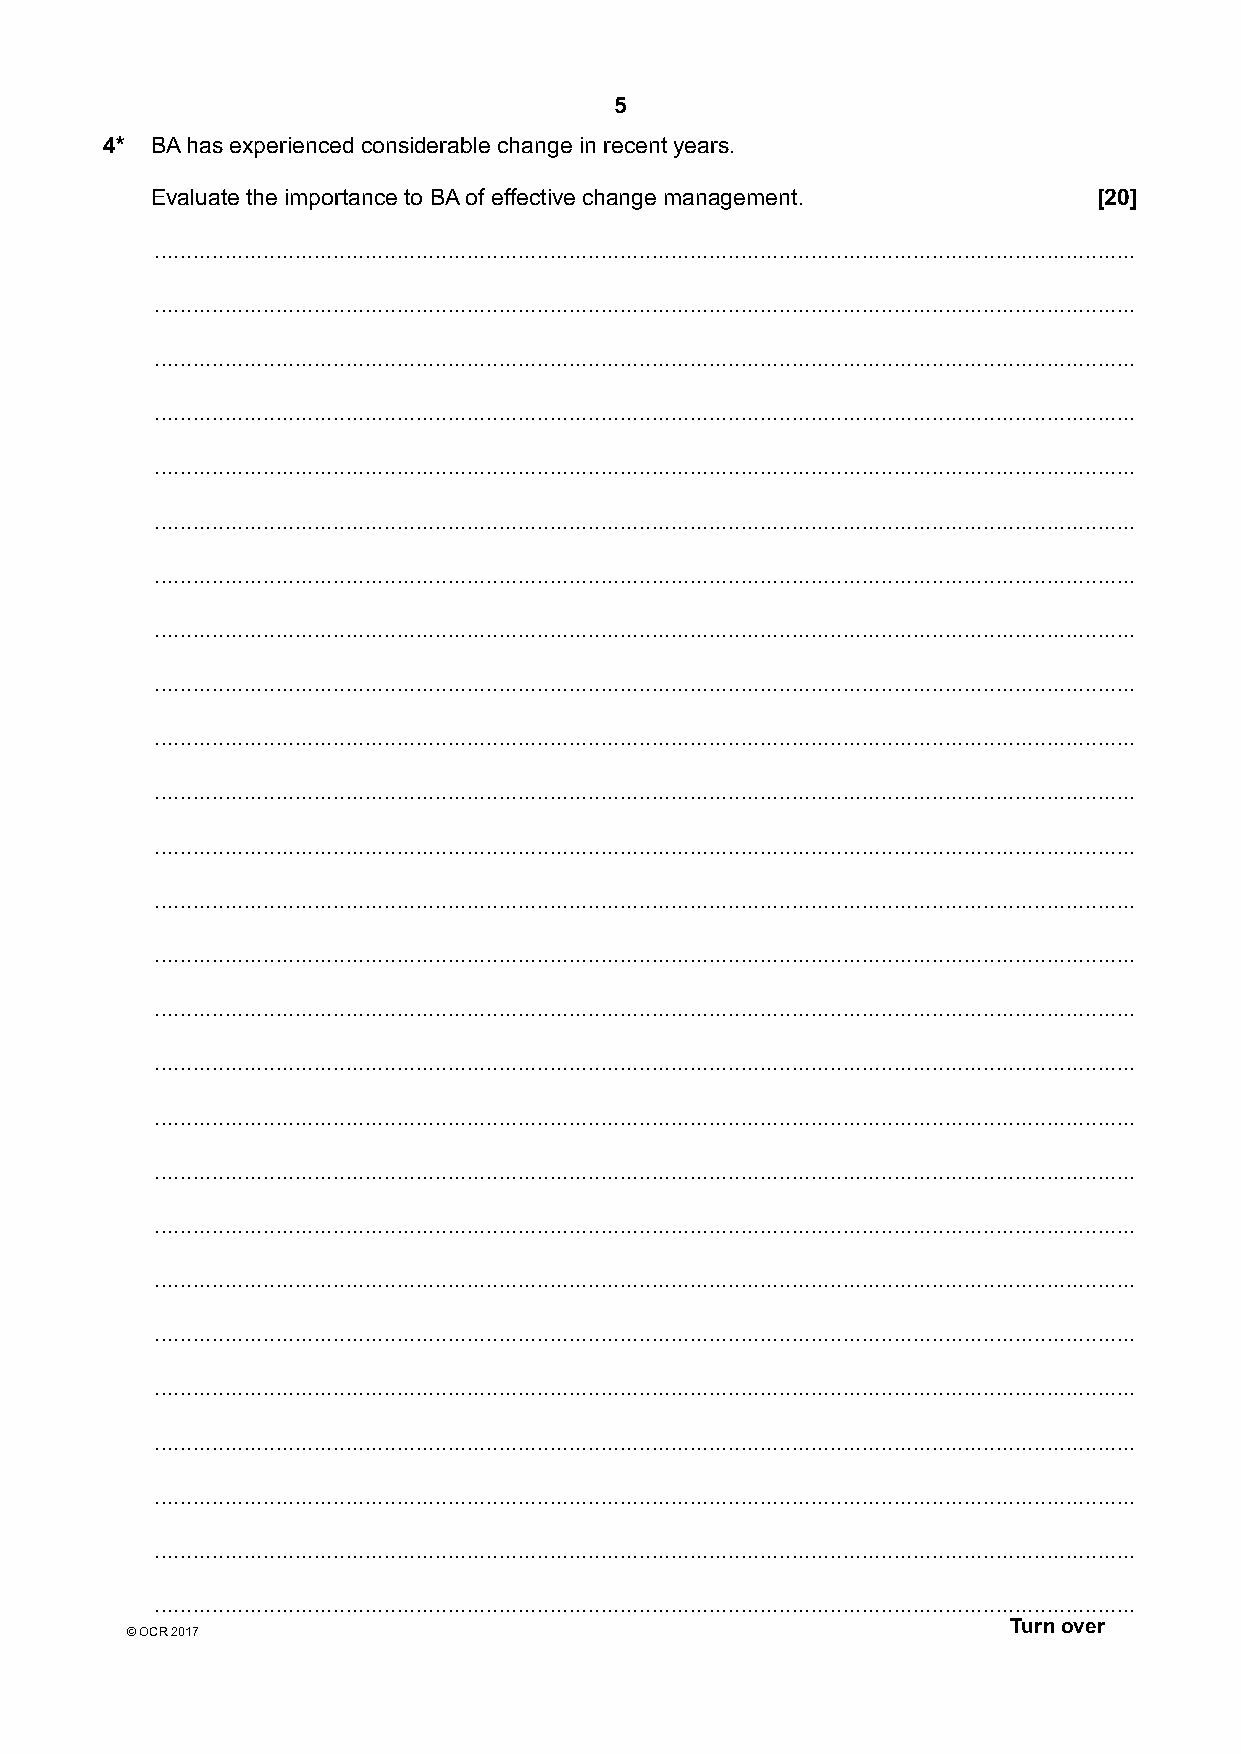
5
 4* BA has experienced considerable change in recent years.
 Evaluate the importance to BA of effective change management.  [20]
 ..........................................................................................................................................................
 ..........................................................................................................................................................
 ..........................................................................................................................................................
 ..........................................................................................................................................................
 ..........................................................................................................................................................
 ..........................................................................................................................................................
 ..........................................................................................................................................................
 ..........................................................................................................................................................
 ..........................................................................................................................................................
 ..........................................................................................................................................................
 ..........................................................................................................................................................
 ..........................................................................................................................................................
 ..........................................................................................................................................................
 ..........................................................................................................................................................
 ..........................................................................................................................................................
 ..........................................................................................................................................................
 ..........................................................................................................................................................
 ..........................................................................................................................................................
 ..........................................................................................................................................................
 ..........................................................................................................................................................
 ..........................................................................................................................................................
 ..........................................................................................................................................................
 ..........................................................................................................................................................
 ..........................................................................................................................................................
 ..........................................................................................................................................................
 ..........................................................................................................................................................
 Turn over
 © OCR 2017